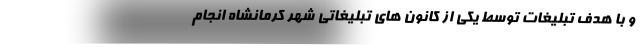
و با هدف تبلیغات توسط یکی از کانون های تبلیغاتی شهر کرمانشاه انجام